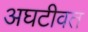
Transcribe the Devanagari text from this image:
अघटीवत